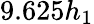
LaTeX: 9.625h_{1}